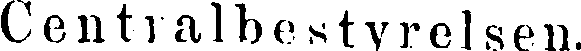
Centralbestyrelsen.